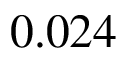
0 . 0 2 4